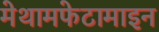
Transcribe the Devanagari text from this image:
मेथामफेटामाइन